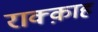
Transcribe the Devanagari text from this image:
राक्क़ाह